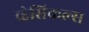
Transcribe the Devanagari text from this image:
व्हेसिकल्स